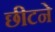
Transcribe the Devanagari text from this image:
छीटने